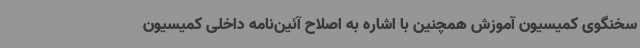
سخنگوی کمیسیون آموزش همچنین با اشاره به اصلاح آئین‌نامه داخلی کمیسیون